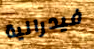
فيدرالية